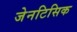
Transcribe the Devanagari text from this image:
जेनटिसिक